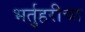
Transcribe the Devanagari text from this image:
भर्तुहरीचा